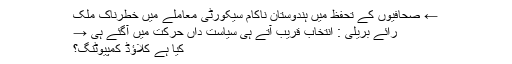
← صحافیوں کے تحفظ میں ہندوستان ناکام سیکورٹی معاملے میں خطرناک ملک
رائے بریلی : انتخاب قریب آتے ہی سیاست داں حرکت میں آگئے ہی →
کیا ہے کلاؤڈ کمپیوٹنگ؟